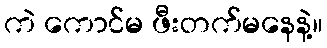
ကဲ ကောင်မ ဖီးတက်မနေနဲ့။